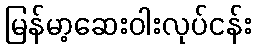
မြန်မာ့ဆေးဝါးလုပ်ငန်း